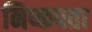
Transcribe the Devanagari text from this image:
निष्कपता